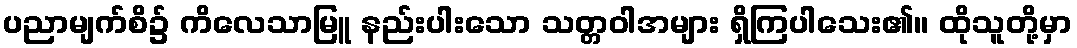
ပညာမျက်စိ၌ ကိလေသာမြူ နည်းပါးသော သတ္တဝါအများ ရှိကြပါသေး၏။ ထိုသူတို့မှာ